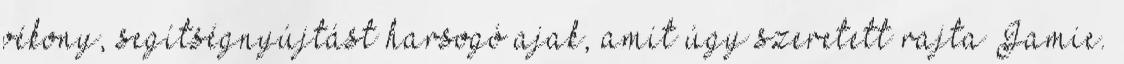
vékony, segítségnyújtást harsogó ajak, amit úgy szeretett rajta Jamie.